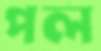
পল